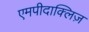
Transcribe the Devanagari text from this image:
एमपीदाक्लिज़